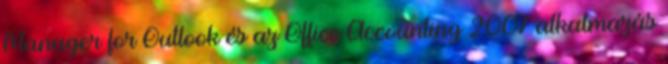
Manager for Outlook és az Office Accounting 2007 alkalmazás